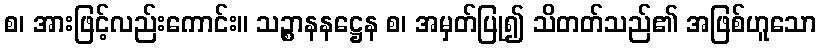
စ၊ အားဖြင့်လည်းကောင်း။ သဉ္စာနနဋ္ဌေန စ၊ အမှတ်ပြု၍ သိတတ်သည်၏ အဖြစ်ဟူသော